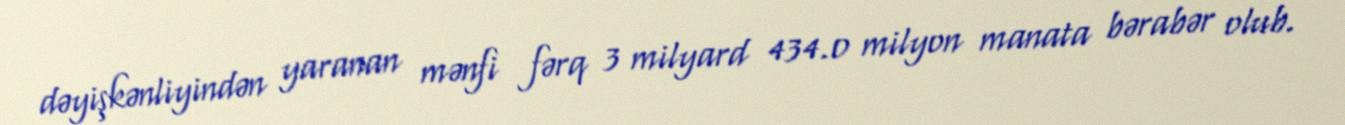
dəyişkənliyindən yaranan mənfi fərq 3 milyard 434.0 milyon manata bərabər olub.